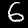
Digit: 6